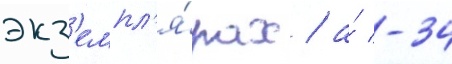
экз'емпл'я́рах / а́ -34